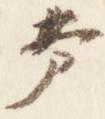
声